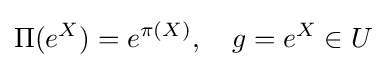
\Pi (e^{X})=e^{\pi (X)},\quad g=e^{X}\in U